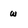
Character: w